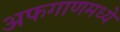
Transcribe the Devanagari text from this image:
अफगाणमध्ये